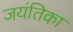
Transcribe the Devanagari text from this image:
जयंतिका